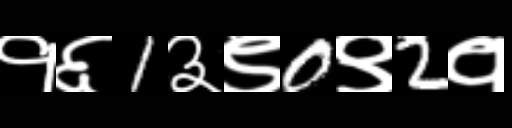
Text: १६1३९0९2१